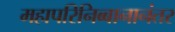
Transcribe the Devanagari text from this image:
महापरिनिब्बानानंतर